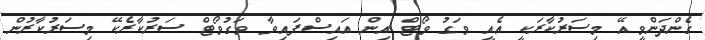
ގެންދަންވީއޭ މިސަރުކާރަކީ އެއީ ވަގު ވޯޓް އިން އައިސްފައިވާ ވަގުވޯޓް ސަރުކާރެކޭ މިސަރުކާރުން